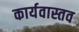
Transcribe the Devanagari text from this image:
कार्यवास्तव